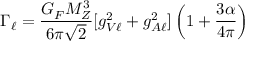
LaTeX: \Gamma _ { \ell } = \frac { G _ { F } M _ { Z } ^ { 3 } } { 6 \pi \sqrt { 2 } } [ g _ { V \ell } ^ { 2 } + g _ { A \ell } ^ { 2 } ] \left( 1 + \frac { 3 \alpha } { 4 \pi } \right)